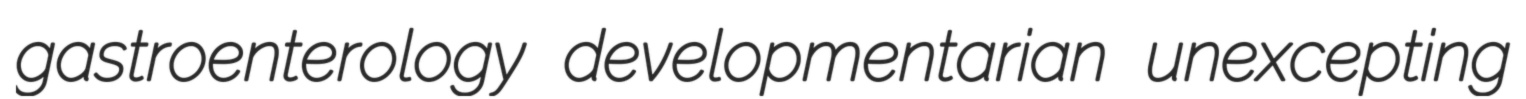
gastroenterology developmentarian unexcepting